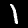
Label: 1